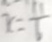
x = \frac { 1 1 } { 6 }